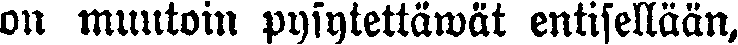
on muutoin pysytettäwät entisellään,